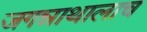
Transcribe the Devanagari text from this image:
जगन्नाथालाच